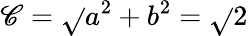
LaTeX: \mathscr{C}=\sqrt{}{{a^{2}+b^{2}}}=\sqrt{}{{2}}